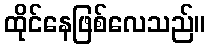
ထိုင်နေဖြစ်လေသည်။